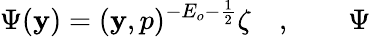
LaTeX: {\Psi}(\mathbf{y})=(\mathbf{y},p)^{-E_{o}-\frac{1}{2}}\zeta\quad,\qquad{\Psi}